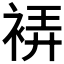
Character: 𧚂